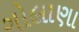
ગોલાણા